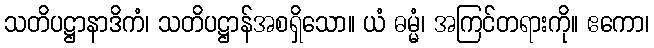
သတိပဋ္ဌာနာဒိကံ၊ သတိပဋ္ဌာန်အစရှိသော။ ယံ ဓမ္မံ၊ အကြင်တရားကို။ ဧကော၊